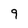
Character: 9